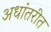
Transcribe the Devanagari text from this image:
अधांतरीत